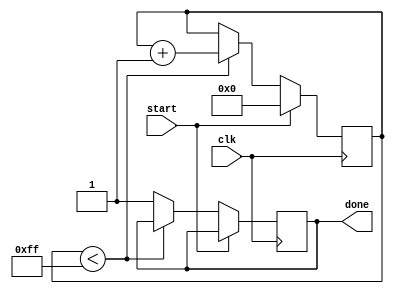
module incremental_for_loop (
    input wire clk,  // Clock signal
    input wire start,  // Start signal to trigger the loop
    output wire done  // Done signal to indicate the end of the loop
);

reg [7:0] counter; // 8-bit counter to track the current iteration

always @(posedge clk) begin
    if (start) begin
        counter <= 0; // Initialize counter
    end else begin
        if (counter < 255) begin
            counter <= counter + 1; // Increment counter by 1
        end else begin
            done <= 1; // Set done signal when final value is reached
        end
    end
end

// Loop body - perform desired operations based on current iteration value
always @* begin
    case (counter)
        // Perform operations based on current iteration value
        // Add more cases for additional iterations and operations
    endcase
end

endmodule